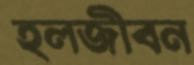
হলজীবন